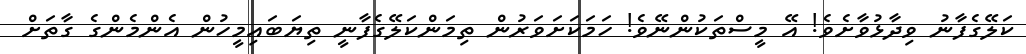
ކަލޭގެފާނު ވިދާޅުވާށެވެ! އޭ މީސްތަކުންނޭވެ! ހަމަކަށަވަރުން ތިމަންކަލޭގެފާނީ ތިޔަބައިމީހުން އެންމެންގެ ގާތަށް